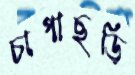
চাপাছড়ি